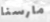
مارسنا